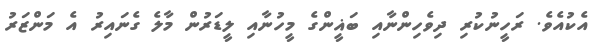
އެކުއެވެ. ރަހީނުކުރި ދިވެހިންނާއި ބަޣީންގެ މީހުނާއި ލީޑަރުން މާލެ ގެނައިރު އެ މަންޒަރު